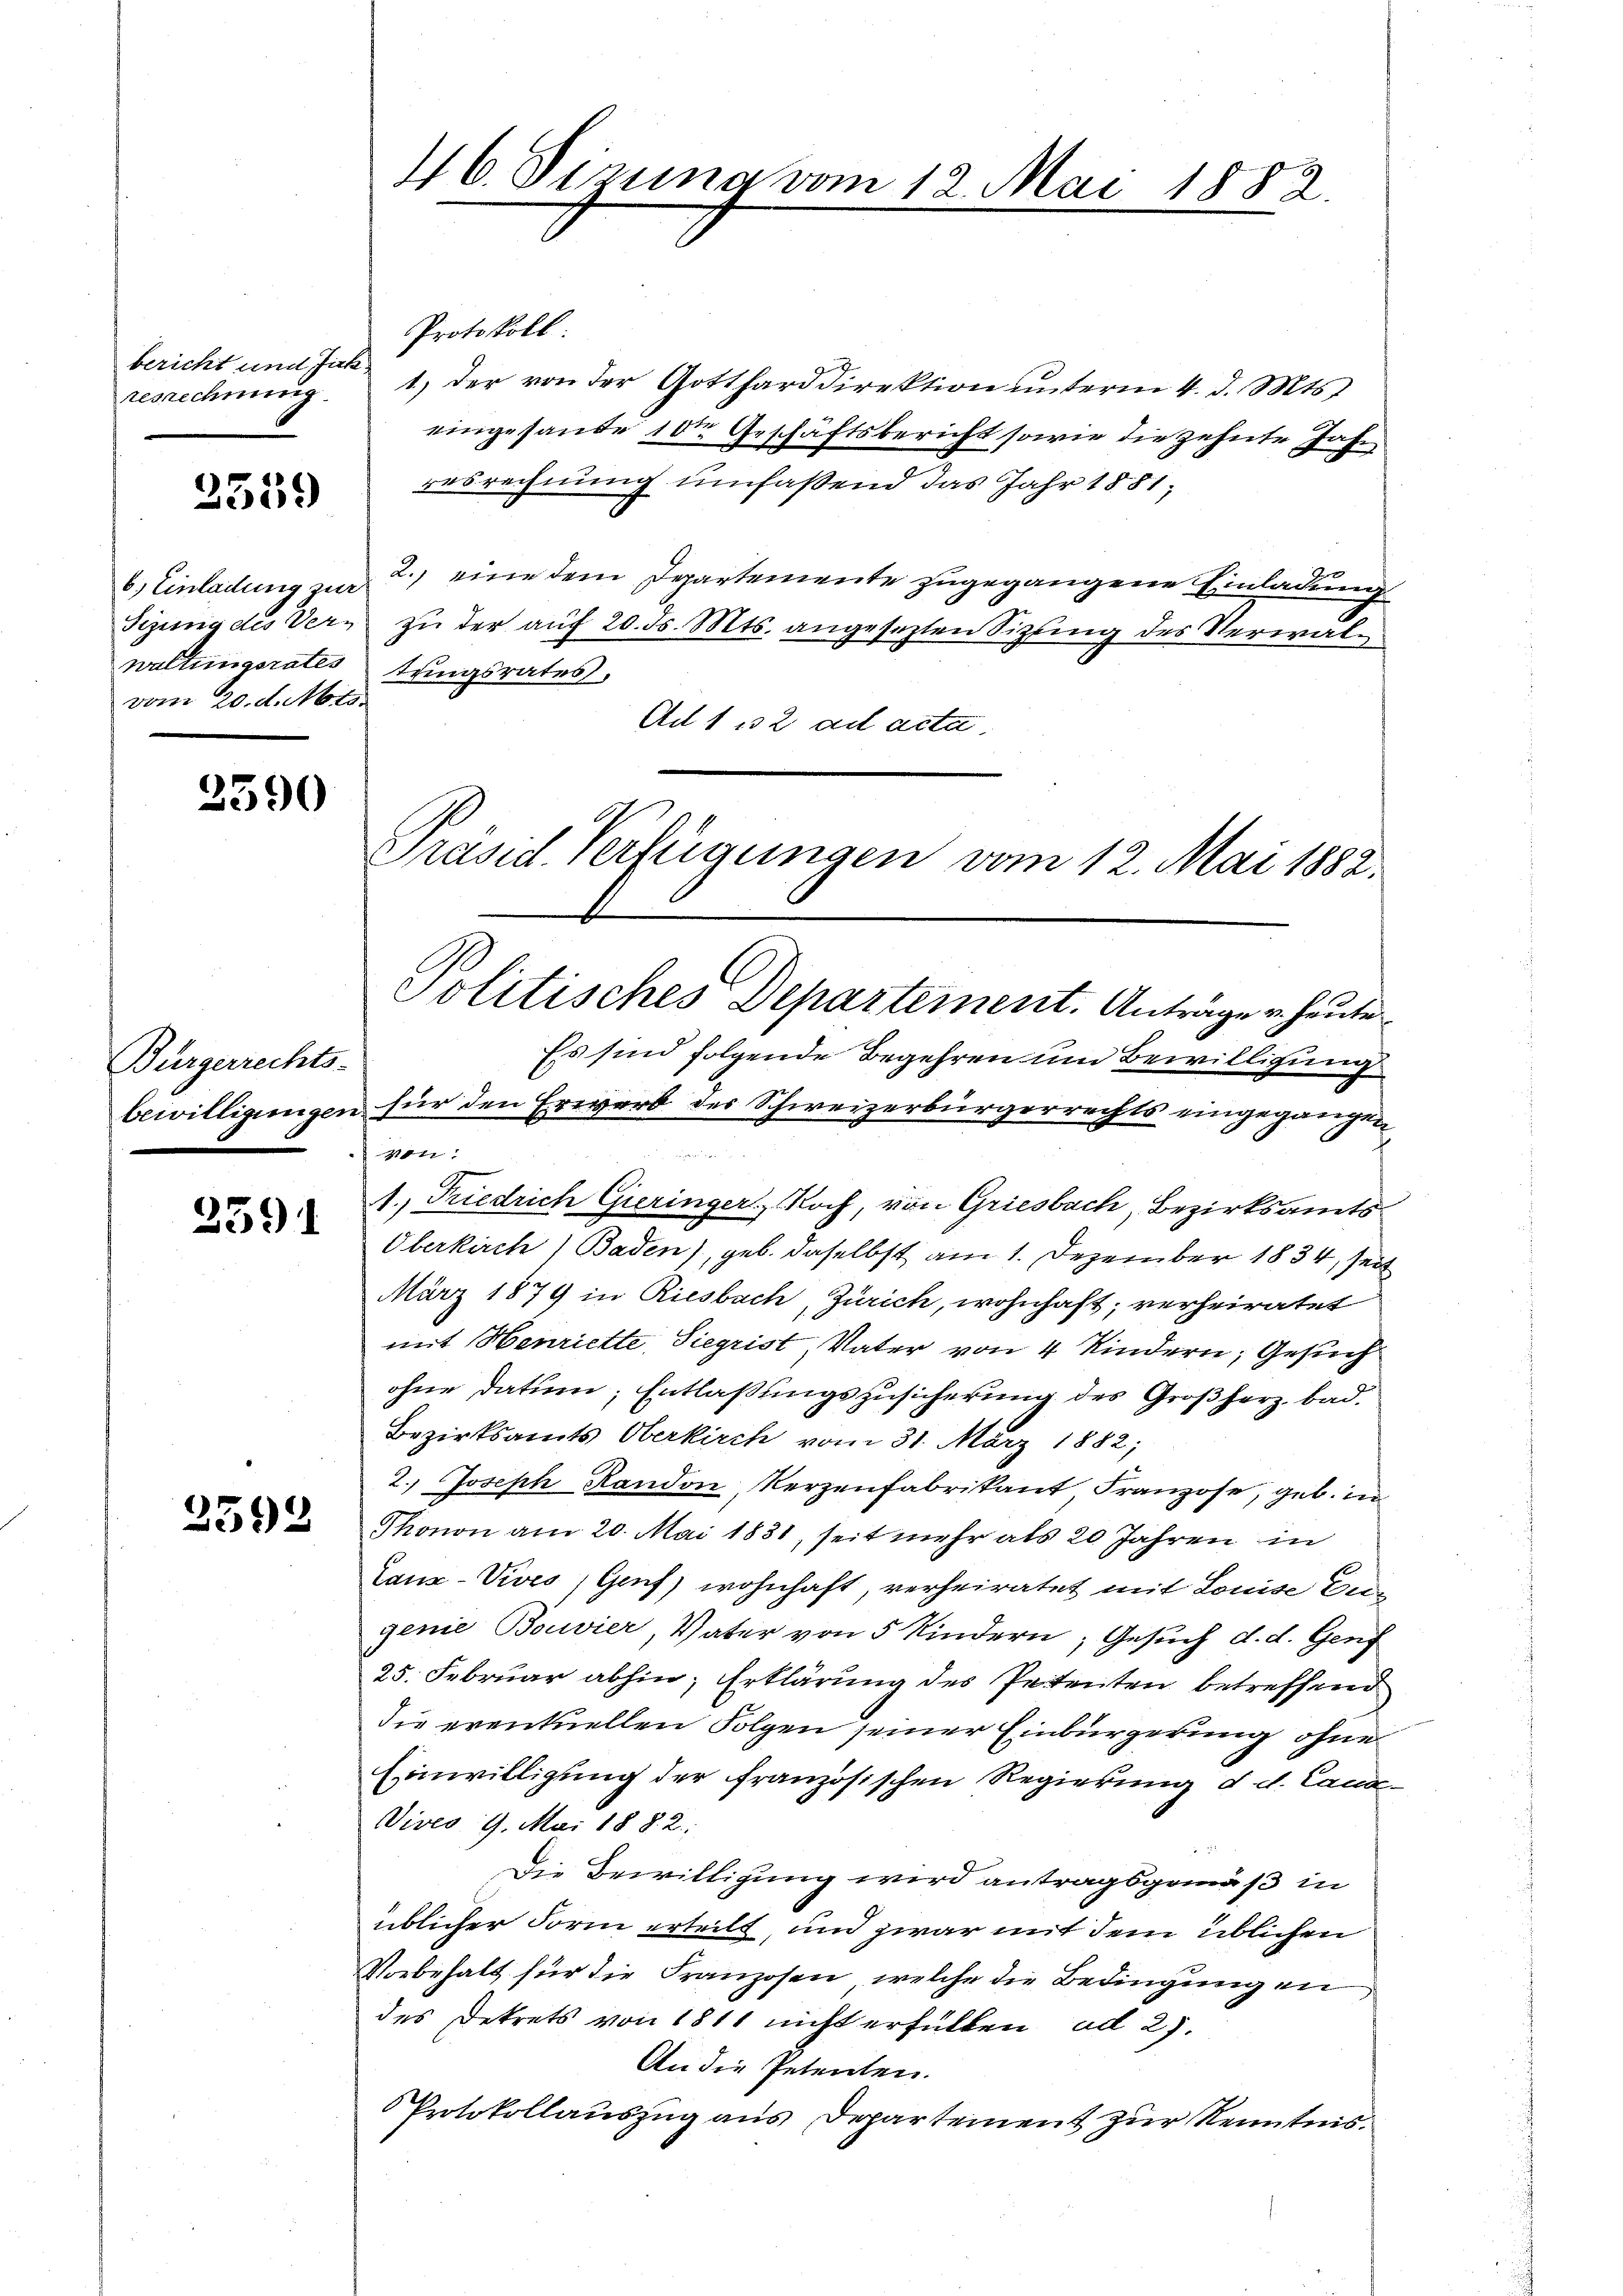
bericht und Jick.
resrechnung

2359

vom 20. d. Mts.

3590

Bürgerrechts-

2591

2592

46. Sizung vom 12. Mai 1882.

Protokoll:
1) der von der Gottharddirektion unterm 4. d. Mts.
eingesande 10te Geschäftsbericht sowie die zehnte Jahr
resrechnung umfaßend das Jahr 1881,
6.) Einladung zur 2) eine dem Departemente zugegangene Einladung
Sizung des Vern zu der auf 20. d. Mts. angesezten Sizling des Verwalwaltungsrates tungsrates,
Au 1 132 ad acta.
Es sind folgende Begehren um Bewilligung
bewilligungen für den Erwarb des Schweizerbürgerrechts eingegangen
von:
1., Friedrich Gieringer, Koch, von Griesbach, Bezirksamts
Oberkirch) Baden), geb. daselbst am 1. Dezember 1834, seit
März 1879 in Riesbach, Zürich, wohnhaft; verheiratet
mit Henriette, Siegrist, Vater von 4 Kindern, Gesuch
ohne datum; Entlaßungszusicherung des Großherz bad.
Bezirksamts Oberkirch vom 31. März 1882;
2. Joseph Randon, Verzenfabrikant Franzose, geb. i
Thonon am 20. Mai 1831, seit mehr als 20 Jahren in
Lanz-Vives, Genf) wohnhaft, verheiratet mit Louise Bei-
genie Bouvier, Vater von 5 Kindern, Gesuch d. d. Genf
25. Februar abhin, Erklärung des Petenten betreffend
die eventuellen Folgen seiner Einbürgerung ohne
Einwilligung der französischen Regierung d. d. Canz¬
Dives 9. Mai 188. 2;
Die Bewilligung wird antragsgemäß in
üblicher Form erteilt, und zwar mit dem üblichen
Vorbehalt für die Franzosen, welche die Bedingung en
des Dekrets von 1811 nicht erfüllen ad 27.
An die Petenten.
Protokollauszug aus Departement zur Kenntnis

Präsid. Verfügungen vom 12. Mai 1882.
Politisches Departement. Anträger heute